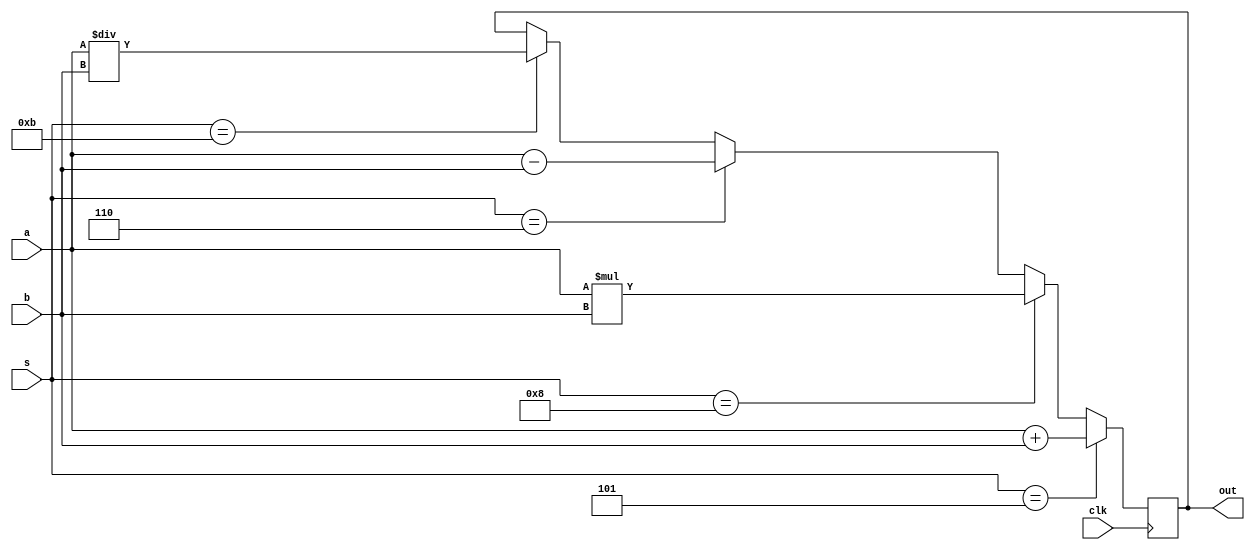
//if select line s=00101, out=a+b
//if s=00110, out= a-b;
//if s=01000, a*b
//01011 --> a/b


module alu (a,b,s,clk,out);        //clk is used as an input, so it should be declared in the brackets
input [39:0]a,b;
input [4:0]s;
input clk;
output [39:0]out;                  //before it can be used as a reg, it should be declared as output
reg [39:0] out;
reg [39:0]c,d;


always @ (posedge clk)
begin                              // begin and end should encapsulate all the operations
if (s==5'b00_10_1)
out = a+b;
else if (s==5'b01_00_0)              //the number should be 5 bits, 1000 is a 4 bit number which should be changed
out= a*b;
else if (s==5'b00_11_0)
out = a-b;
else if (s==5'b01_01_1)
out = a/b;
end
endmodule


`timescale 1ns/1ps
module alu_test;
reg [39:0]a,b;
reg clk;
reg [4:0]select;
wire [39:0]out;                          // out is a 40 bit bus, it should be declared as [39:0]out
alu uut (a,b,select,clk,out);            // the declarations in brackets should be exactly the same as declared in the module 
initial
begin
$dumpfile("alua.vcd");
$dumpvars(0, alu_test);
a= 40'h00_00_00_00_0b;
b= 40'h00_00_00_00_03;
clk=0;
select= 5'b00_10_1;                           // s is undeclared, it is meant to be select...
end

always
begin
#3 clk=~clk;
end

always
begin

select = 5'b00_11_1;                         // again, s is meant to be select and s should not be used
#10 select = 5'b00_11_0;
#10 select = 5'b01_00_0;                     // I have used _ to clearly count the no. of bits in binary representations of numbers
#10 select = 5'b01_01_1;

end

endmodule